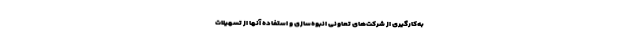
به‌کارگیری از شرکت‌های تعاونی انبوه‌سازی و استفاده آنها از تسهیلات